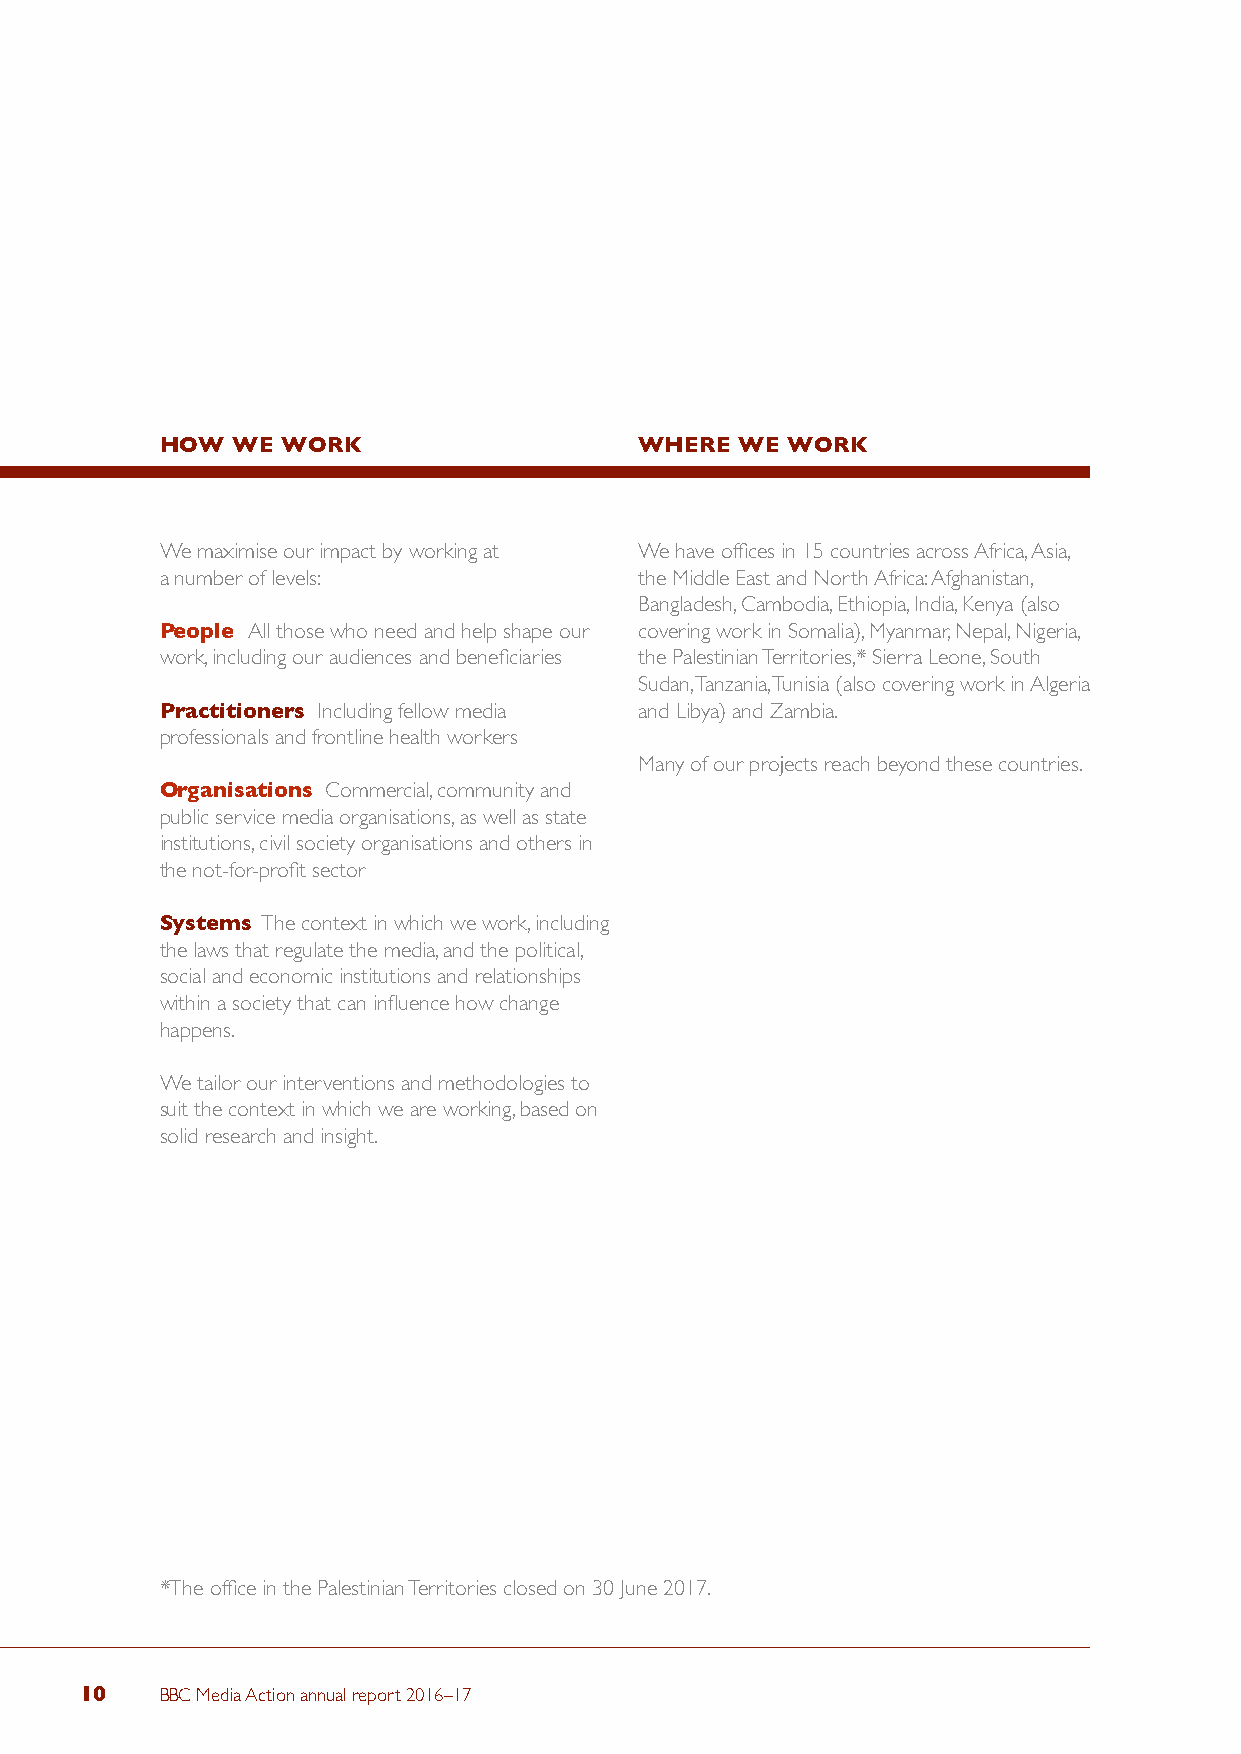
HOW WE  WORK                   WHERE  WE WORK
 We maximise our impact by working at We have offices in 15 countries across Africa, Asia,
 a number of levels:            the Middle East and North Africa: Afghanistan,
 Bangladesh, Cambodia, Ethiopia, India, Kenya (also
 People All those who need and help shape our covering work in Somalia), Myanmar, Nepal, Nigeria,
 work, including our audiences and beneficiaries the Palestinian Territories,* Sierra Leone, South
 Sudan, Tanzania, Tunisia (also covering work in Algeria
 Practitioners Including fellow media and Libya) and Zambia.
 professionals and frontline health workers
 Many of our projects reach beyond these countries.
 Organisations Commercial, community and
 public service media organisations, as well as state
 institutions, civil society organisations and others in
 the not-for-profit sector
 Systems The context in which we work, including
 the laws that regulate the media, and the political,
 social and economic institutions and relationships
 within a society that can influence how change
 happens.
 We tailor our interventions and methodologies to
 suit the context in which we are working, based on
 solid research and insight.
 *The office in the Palestinian Territories closed on 30 June 2017.
 10    BBC Media Action annual report 2016–17